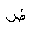
Letter: _dad